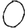
Digit: 0